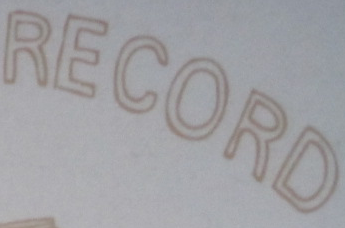
RECORD